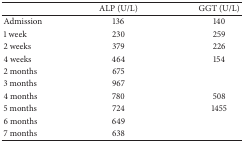
<table><thead><tr><td><b> </b></td><td><b>ALP (U/L)</b></td><td><b>GGT (U/L)</b></td></tr></thead><tbody><tr><td>Admission</td><td>136</td><td>140</td></tr><tr><td>1 week</td><td>230</td><td>259</td></tr><tr><td>2 weeks</td><td>379</td><td>226</td></tr><tr><td>4 weeks</td><td>464</td><td>154</td></tr><tr><td>2 months</td><td>675</td><td> </td></tr><tr><td>3 months</td><td>967</td><td> </td></tr><tr><td>4 months</td><td>780</td><td>508</td></tr><tr><td>5 months</td><td>724</td><td>1455</td></tr><tr><td>6 months</td><td>649</td><td> </td></tr><tr><td>7 months</td><td>638</td><td> </td></tr></tbody></table>